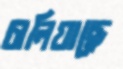
চালিয়াছে